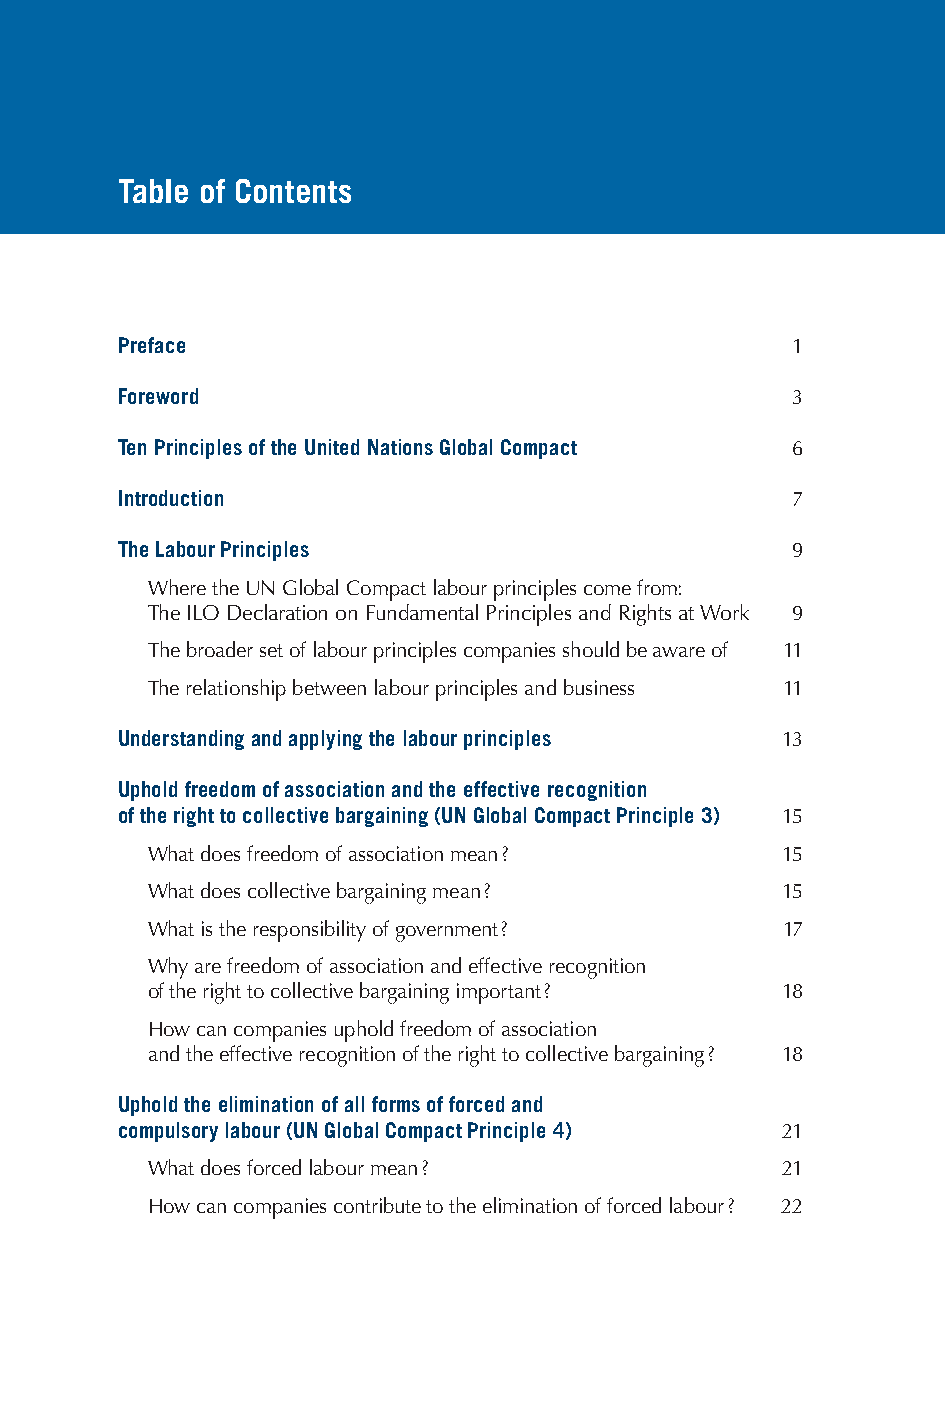
Table of Contents
 Preface                                     1
 Foreword                                    3
 Ten Principles of the United Nations Global Compact 6
 Introduction                                7
 The Labour Principles                       9
 Where the UN Global Compact labour principles come from:
 The ILO Declaration on Fundamental Principles and Rights at Work 9
 The broader set of labour principles companies should be aware of 11
 The relationship between labour principles and business 11
 Understanding and applying the labour principles 13
 Uphold freedom of association and the effective recognition
 of the right to collective bargaining (UN Global Compact Principle 3) 15
 What does freedom of association mean ?   15
 What does collective bargaining mean ?    15
 What is the responsibility of government ? 17
 Why are freedom of association and effective recognition
 of the right to collective bargaining important ? 18
 How can companies uphold freedom of association
 and the effective recognition of the right to collective bargaining ? 18
 Uphold the elimination of all forms of forced and
 compulsory labour (UN Global Compact Principle 4) 21
 What does forced labour mean ?            21
 How can companies contribute to the elimination of forced labour ? 22